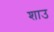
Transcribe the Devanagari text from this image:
शाउ